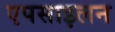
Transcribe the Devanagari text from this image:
एपसाइलन